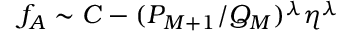
f _ { A } \sim C - ( P _ { M + 1 } / Q _ { M } ) ^ { \lambda } \eta ^ { \lambda }